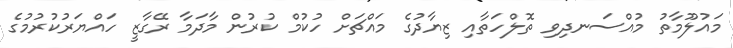
މައުލޫމާތު މުއްސަނދިވި ތޮލްހަތާއި ޒިޔާދުގެ މައްޗަށް ހުކުމް ކުރުން މާދަމާ ރޭގާޒީ ހައްޔަރުކުރުމުގެ